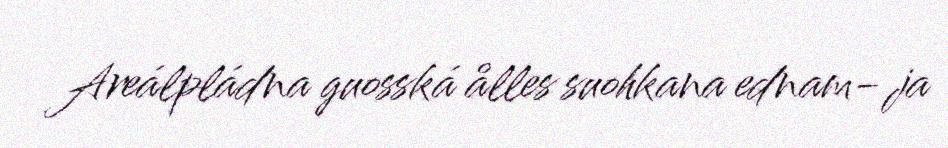
Areálpládna guosská ålles suohkana ednam- ja